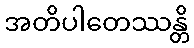
အတိပါတေဿန္တိ